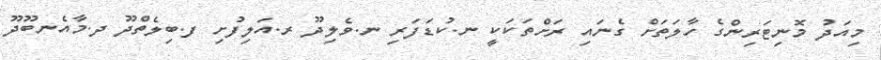
މިއަދު މޮނިޓަރިންގެ ހާލަތަށް ގެނައި ރަށްތަކަކީ ނ.ކުޑަފަރި ނ.ވެލިދޫ ރ.އަލިފުށި ފ.ބިލެތްދޫ ދ.މާއެނބޫދޫ